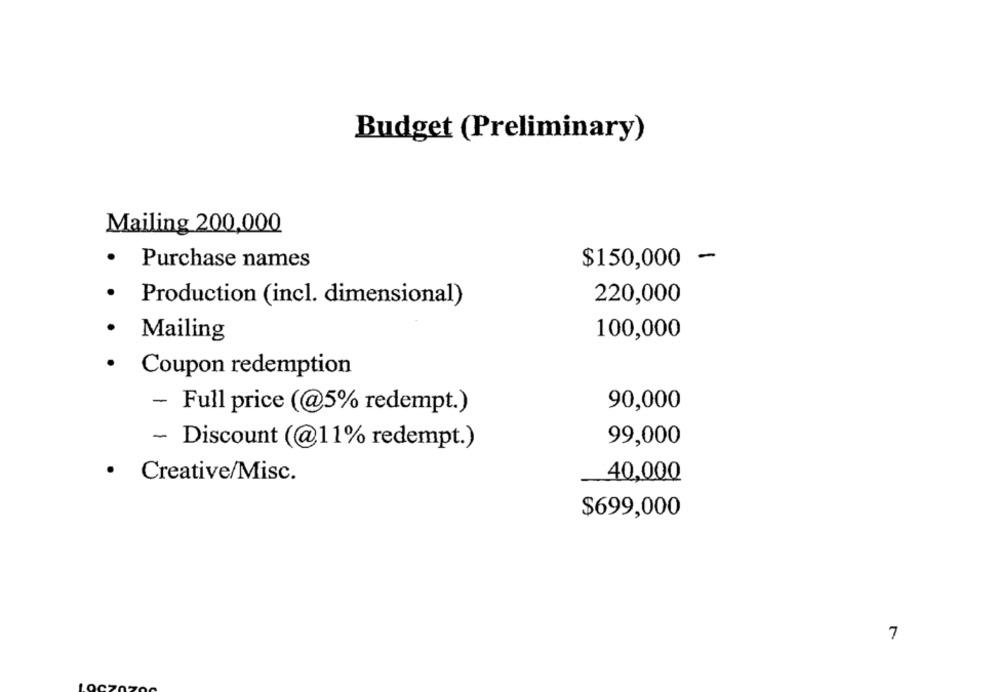
Budget (Preliminary)
Mailing 200,000
$150,000 -
Purchase names
.
Production (incl. dimensional)
220,000
.
Mailing
100,000
.
Coupon redemption
90,000
- Full price (@5% redempt.)
99,000
- Discount (@11% redempt.)
· Creative/Misc.
40,000
$699,000
7